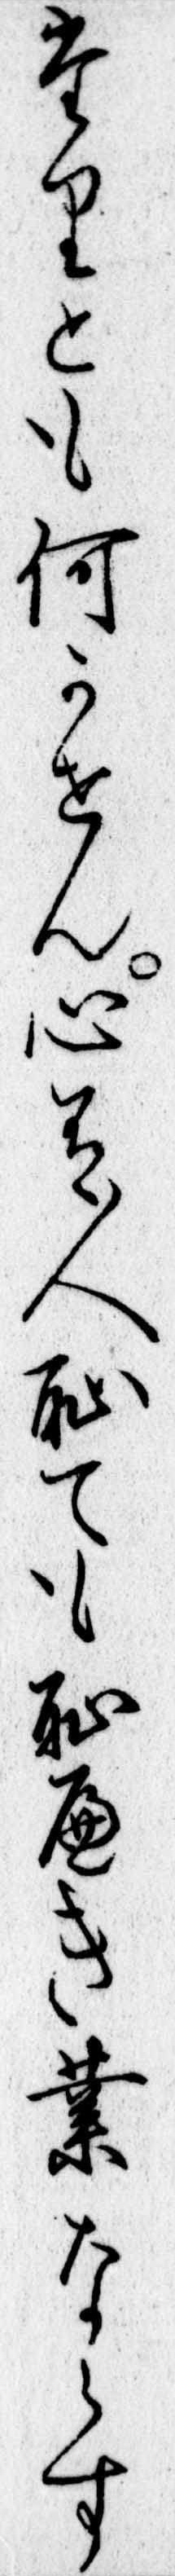
たりとも何かせん心有人恥ても恥へき業ならす